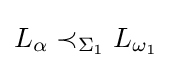
L_{\alpha }\prec _{\Sigma _{1}}L_{\omega _{1}}